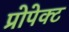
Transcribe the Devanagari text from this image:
प्रोपेक्ट